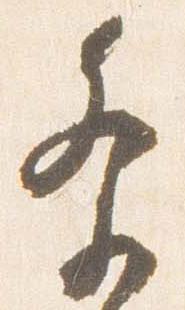
祭